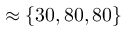
\approx \{ \ensuremath { 3 0 } , \ensuremath { 8 0 } , \ensuremath { 8 0 } \}